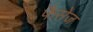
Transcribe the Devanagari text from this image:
फैसेज